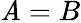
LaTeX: \mathit{A}=B